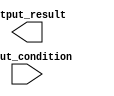
module CaseStatementBehavModel (
    input [2:0] input_condition,
    output reg [3:0] output_result
);

always @* begin
    case(input_condition)
        3'b000: begin
            if (some_condition) begin
                // statements
            end
            else begin
                // statements
            end
        end
        3'b001: begin
            if (some_condition) begin
                // statements
            end
            else begin
                // statements
            end
        end
        3'b010: begin
            if (some_condition) begin
                // statements
            end
            else begin
                // statements
            end
        end
        3'b011: begin
            if (some_condition) begin
                // statements
            end
            else begin
                // statements
            end
        end
        default: begin
            // default case statements
        end
    endcase
end

endmodule